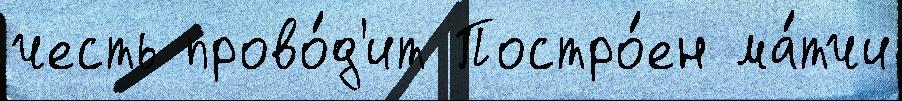
честь прово́д'ит Постро́ен ма́тчи